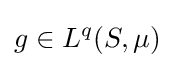
g\in L^{q}(S,\mu )